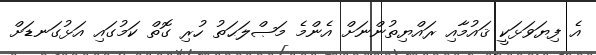
އެ ފިޔަވަޅަކީ ޤައުމާއި ރައްޔިތުންނަށް އެންމެ މަޞްލަޙަތު ހުރި ގޮތް ކަމުގައި އަޅުގަނޑަށް